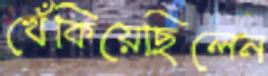
খেঁকিয়েছিলেন